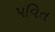
પવિત